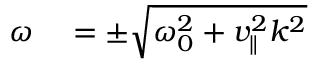
\begin{array} { r l } { \omega } & { { } = \pm \sqrt { \omega _ { 0 } ^ { 2 } + v _ { \| } ^ { 2 } k ^ { 2 } } } \end{array}